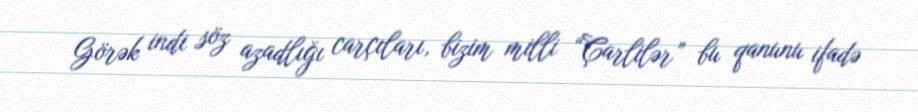
Görək indi söz azadlığı carçıları, bizim milli “Çarlilər” bu qanunu ifadə